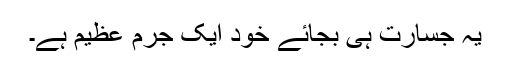
یہ جسارت ہی بجائے خود ایک جرم عظیم ہے۔